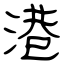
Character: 港